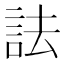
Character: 詓